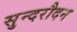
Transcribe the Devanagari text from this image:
सुन्दरौदन